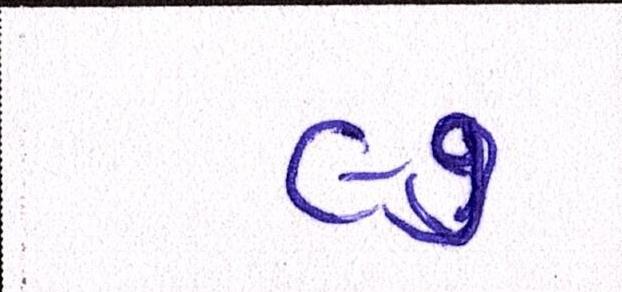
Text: ૯૭